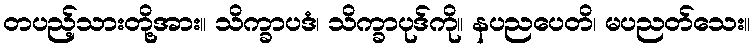
တပည့်သားတို့အား။ သိက္ခာပဒံ၊ သိက္ခာပုဒ်ကို။ နပညပေတိ၊ မပညတ်သေး။